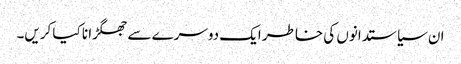
ان سیاستدانوں کی خاطر ایک دوسرے سے جھگڑا نا کیا کریں۔